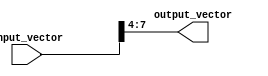
module part_select_continuous_assignment (
    input wire [15:0] input_vector,  // 16-bit input vector
    output wire [3:0] output_vector   // 4-bit output vector
);

// Continuous assignment using part select
assign output_vector = input_vector[7:4]; // Selecting bits 7 to 4 from input_vector

endmodule